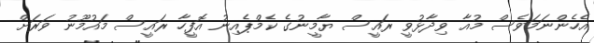
އެހެންނަމަވެސް މުއާ ވިދާޅުވީ ރައީސް ޔާމީނުގެ ކެމްޕެއިނު އޮފީހާ ރައީސް މައުމޫނު ވަރަށް